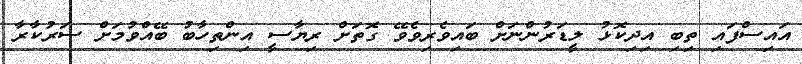
އައިސްފައި ތިބި އިދިކޮޅު ލީޑަރުންނަށް ބައިވެރިވެވޭ ގޮތަށް ރިޔާސީ އިންތިހާބު ބޭއްވުމަށް ސަރުކާރާ